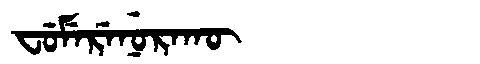
Manchu: ᠸᡠᠮᡝᡵᡝᠨᡠᡵᠠᡴᡡ
Romanization: FUMERENURAKŪ